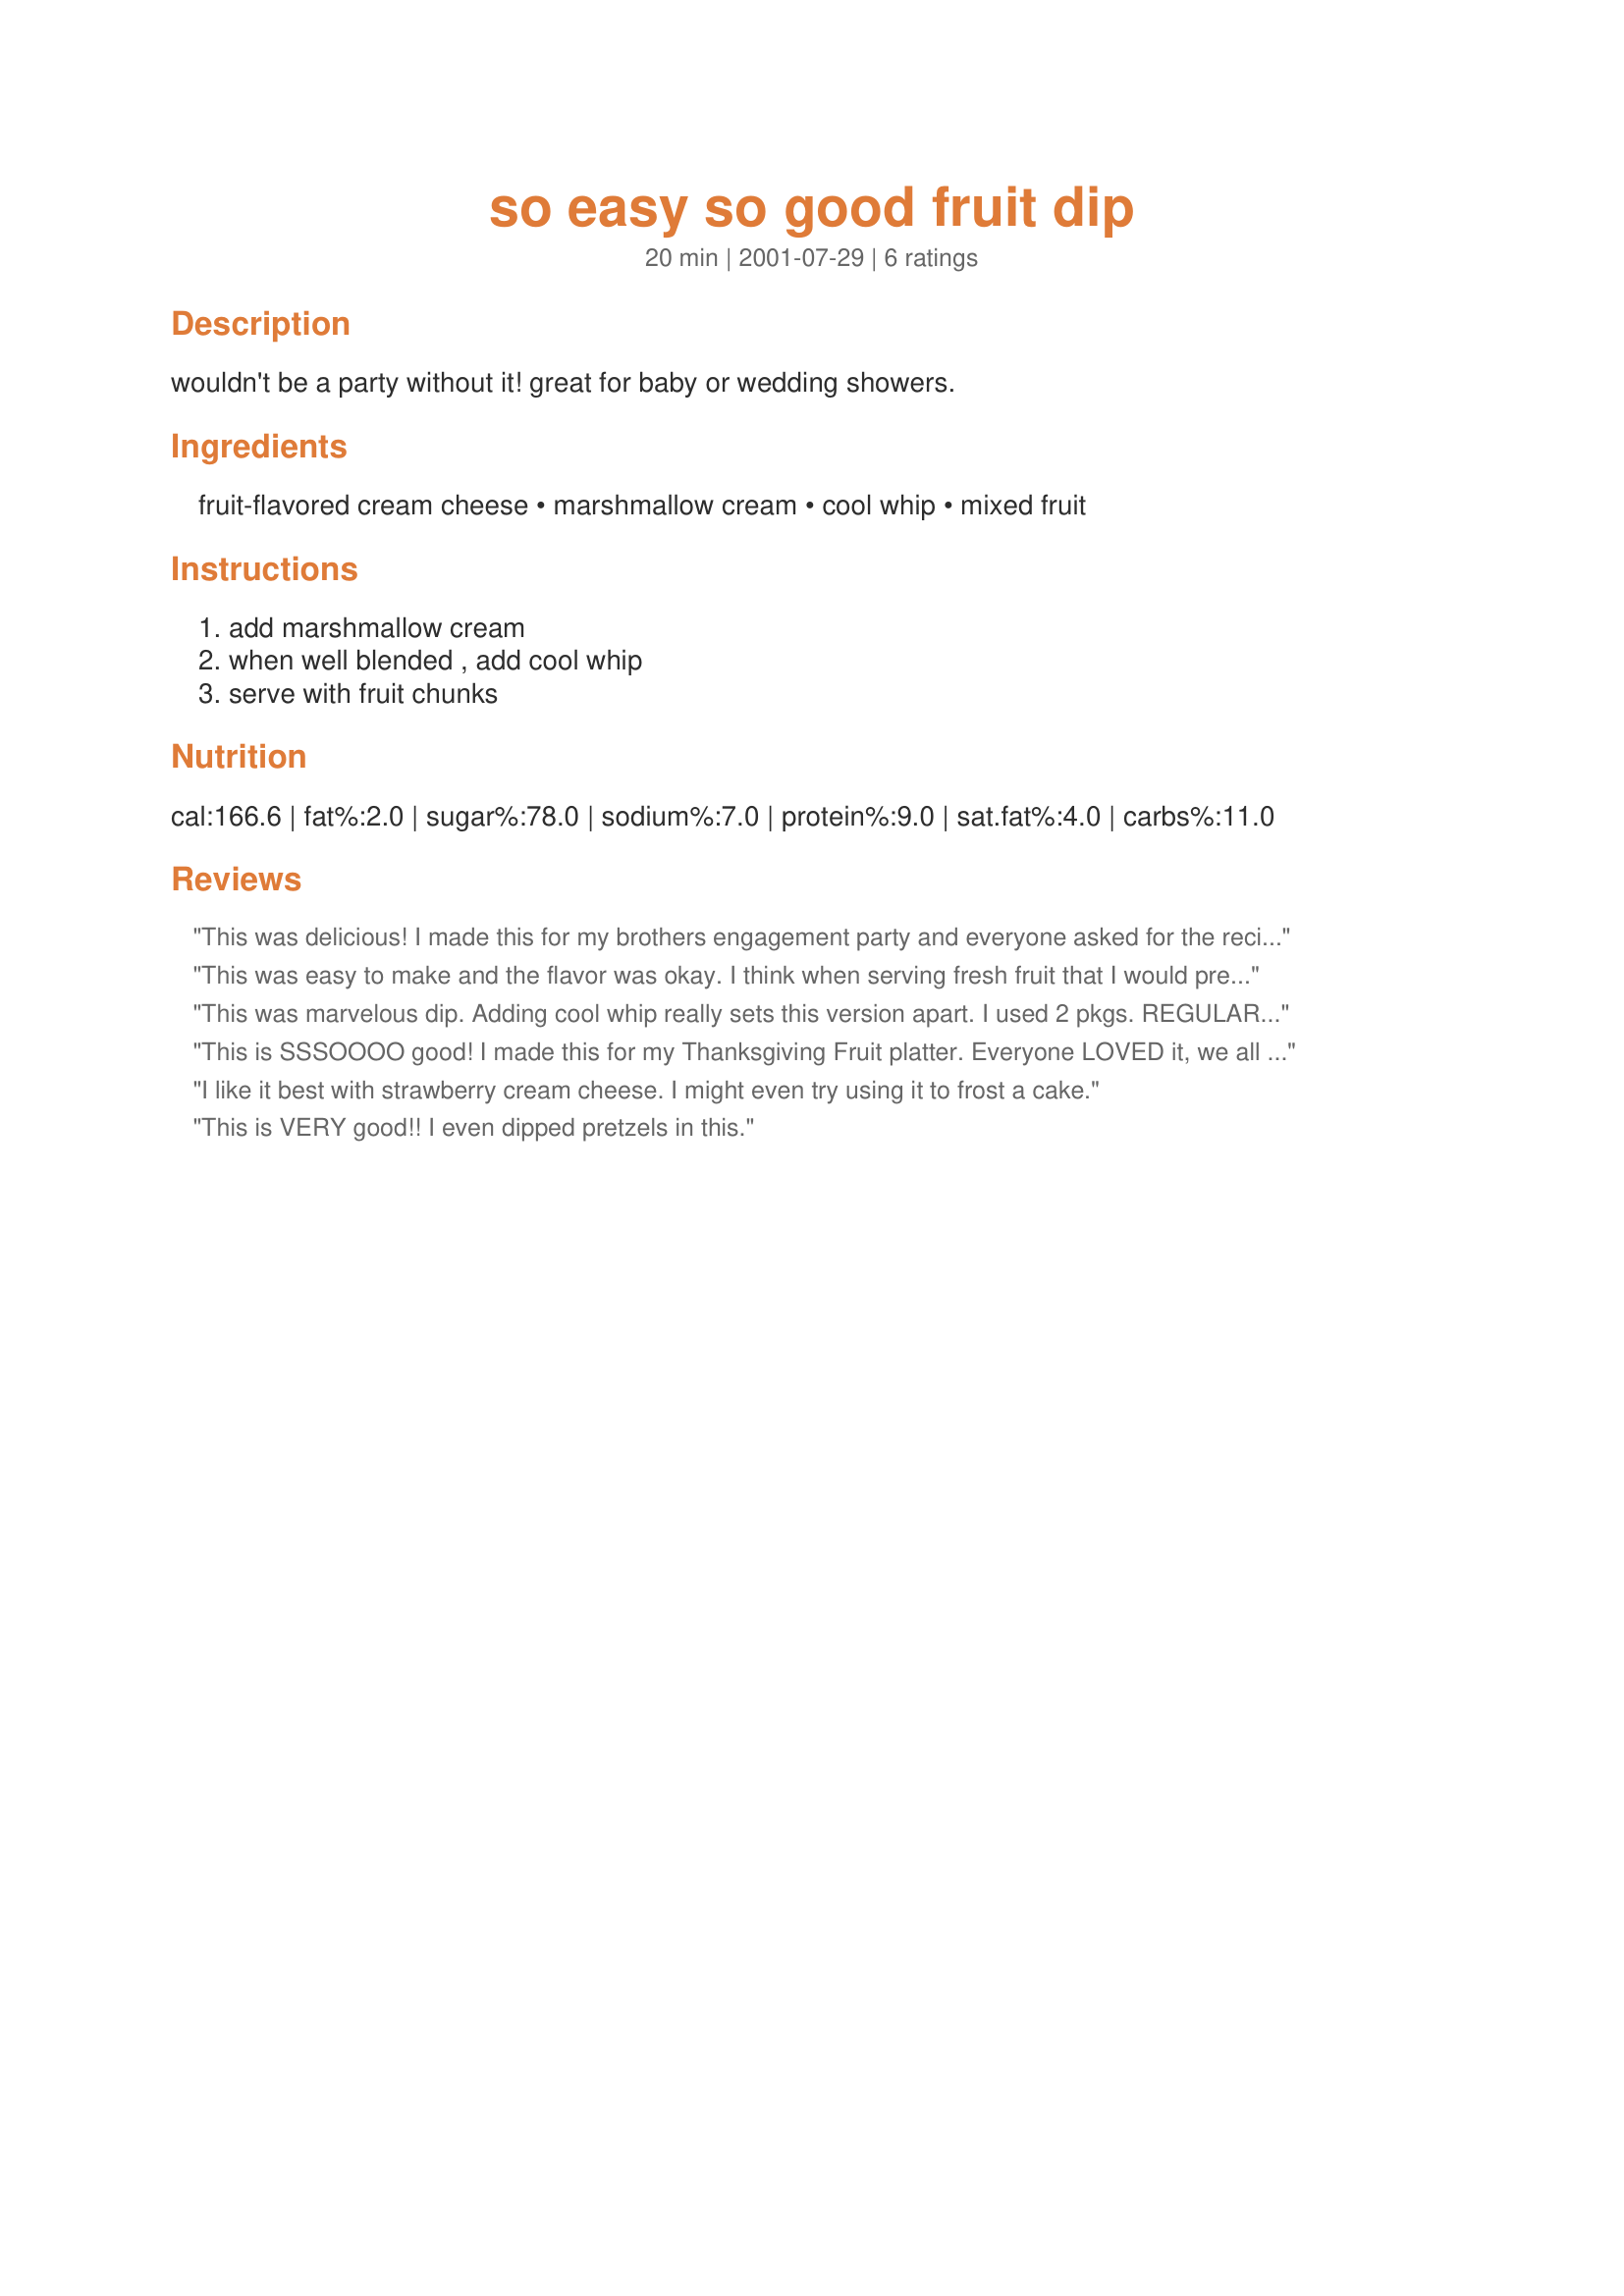
so easy so good fruit dip
Preparation time: 20 minutes

wouldn't be a party without it! great for baby or wedding showers.

Ingredients:
fruit-flavored cream cheese, marshmallow cream, cool whip, mixed fruit

Steps:
add marshmallow cream, when well blended , add cool whip, serve with fruit chunks

Reviews:
This was delicious! I made this for my brothers engagement party and everyone asked for the recipe. It was superb!!! Thanks, I will be making this again all summer.
This was easy to make and the flavor was okay. I think when serving fresh fruit that I would prefer the taste of fresh fruit in the cream cheese and then make as shown.
This was marvelous dip. Adding cool whip really sets this version apart. I used 2 pkgs. REGULAR cream cheese (not flavored) 1 small jar marshmallow cream and 1/2 small container of cool whip. YUM!
This is SSSOOOO good! I made this for my Thanksgiving Fruit platter. Everyone LOVED it, we all couldn't get enough of it. I used regular cream cheese. This was WONDERFUL.
It was really easy to make in the blender, and sure didn't take all that long to make
I like it best with strawberry cream cheese. I might even try using it to frost a cake.
This is VERY good!! I even dipped pretzels in this.
